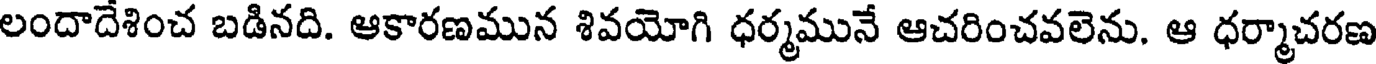
లందాదేశించ బడినది. ఆకారణమున శివయోగి ధర్మమునే ఆచరించవలెను. ఆ ధర్మాచరణ